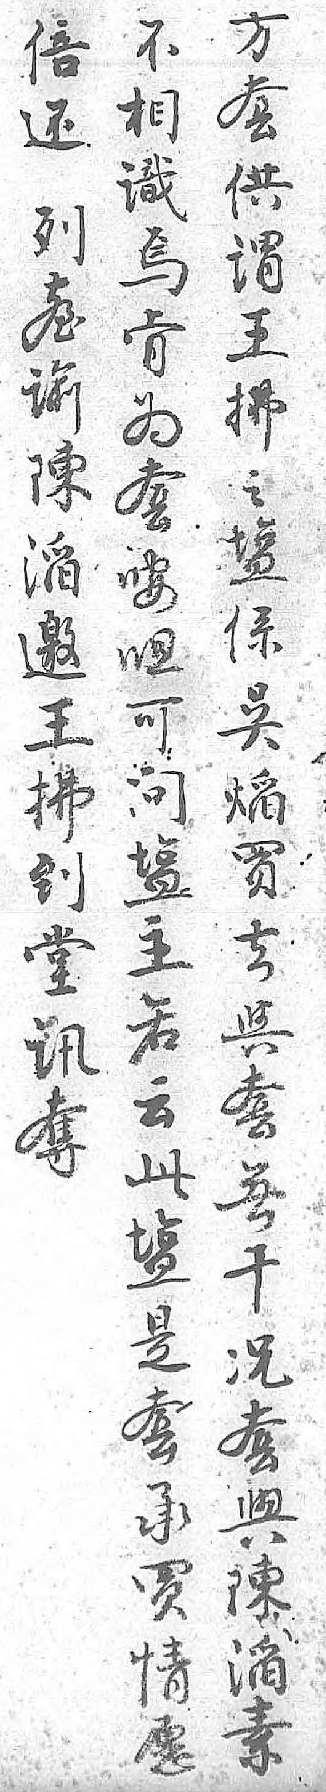
方倍不套还相供列識謂𦤼焉王谕肯拂陳为之㴞套𥂁邀咹係王呾吳拂可㷔到问買堂𥂁去讯主與奪若套 云無 此干 𥂁况 是套 套與 承陳 買㴞 情素 愿